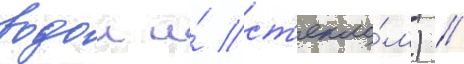
водои и́ ст'екло́м) //